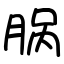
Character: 脶